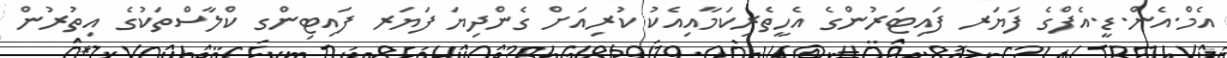
އެމް.އެން.ޑީ.އެފްގެ ފަޔަރ ފައިޓަރުންގެ އެހީތެރިކަމާއިއެކު ކުރިއަށް ގެންދިޔަ ފަޔަރ ފައިޓިންގ ކްލާސްތަކުގެ އިތުރުން